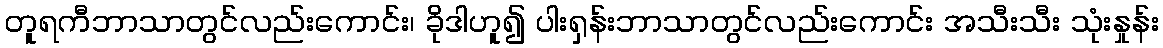
တူရကီဘာသာတွင်လည်းကောင်း၊ ခိုဒါဟူ၍ ပါးရှန်းဘာသာတွင်လည်းကောင်း အသီးသီး သုံးနှုန်း